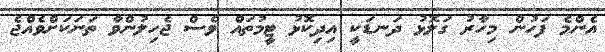
އެންމެ ފަހުން މިހާރު ގަލޮޅު ދަނޑަކީ އިދިކޮޅު ޓީމުތައް ވެސް ޖެހިލުންވާ ތަނަކަށްވެއްޖެ